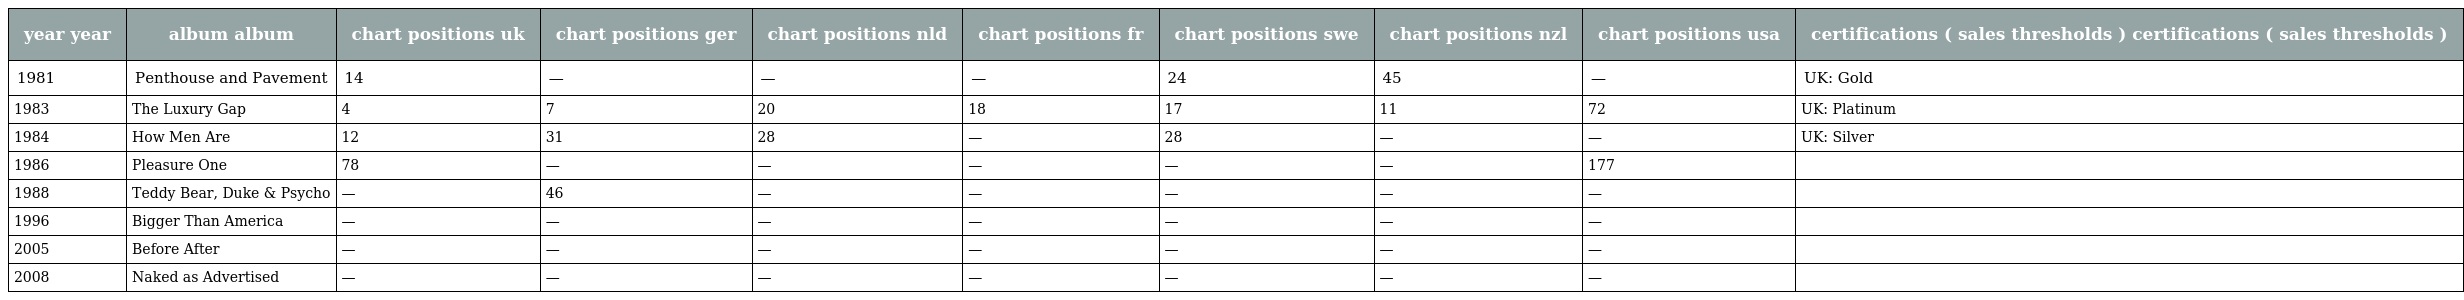
| year year | album album | chart positions uk | chart positions ger | chart positions nld | chart positions fr | chart positions swe | chart positions nzl | chart positions usa | certifications ( sales thresholds ) certifications ( sales thresholds ) |
 | --- | --- | --- | --- | --- | --- | --- | --- | --- | --- |
 | 1981 | Penthouse and Pavement | 14 | — | — | — | 24 | 45 | — | UK: Gold |
 | 1983 | The Luxury Gap | 4 | 7 | 20 | 18 | 17 | 11 | 72 | UK: Platinum |
 | 1984 | How Men Are | 12 | 31 | 28 | — | 28 | — | — | UK: Silver |
 | 1986 | Pleasure One | 78 | — | — | — | — | — | 177 |  |
 | 1988 | Teddy Bear, Duke & Psycho | — | 46 | — | — | — | — | — |  |
 | 1996 | Bigger Than America | — | — | — | — | — | — | — |  |
 | 2005 | Before After | — | — | — | — | — | — | — |  |
 | 2008 | Naked as Advertised | — | — | — | — | — | — | — |  |